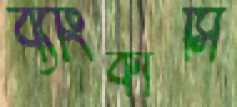
ব্যাংকার্সি